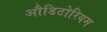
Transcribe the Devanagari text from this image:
औडिटोरियम